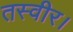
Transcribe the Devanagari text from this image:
तस्वीर।